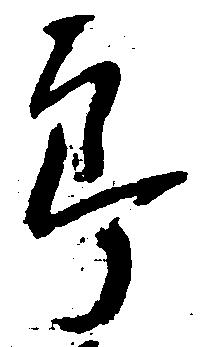
郎